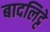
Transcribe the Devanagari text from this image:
बादलिट्टे